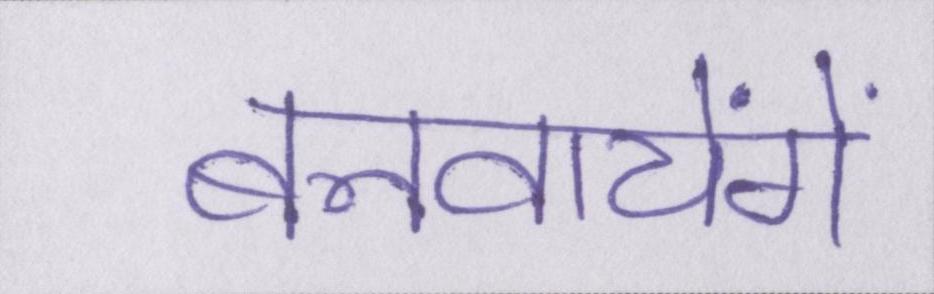
बनवायेंगे